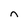
Character: n